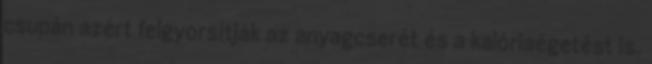
csupán azért felgyorsítják az anyagcserét és a kalóriaégetést is.